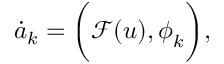
\dot { a } _ { k } = \bigg ( \mathcal { F } ( \boldsymbol { u } ) , \boldsymbol { \phi } _ { k } \bigg ) ,